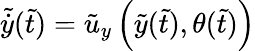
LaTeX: \tilde{\dot{y}}(\tilde{t})=\tilde{u}_{y}\left(\tilde{y}(\tilde{t}),\theta(\tilde{t})\right)